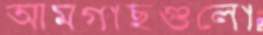
আমগাছগুলো